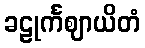
ခဠုင်္ကဈာယိတံ